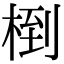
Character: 椡